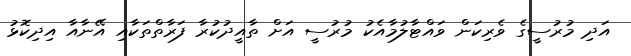
އަދި މުރުސީގެ ވެރިކަން ވައްޓާލުމާއެކު މުރުސީ އަށް ތާއީދުކުރާ ފަރާތްތަކާއި އޭނާއާ އިދިކޮޅު